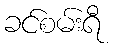
ခင်စမ်းရီ